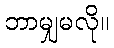
ဘာမျှမလို။